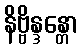
နိဗ္ဗိန္ဒန္တော